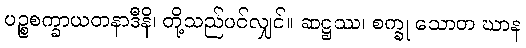
ပဉ္စစက္ခာယတနာဒီနိ၊ တို့သည်ပင်လျှင်။ ဆဋ္ဌဿ၊ စက္ခု သောတ ဃာန